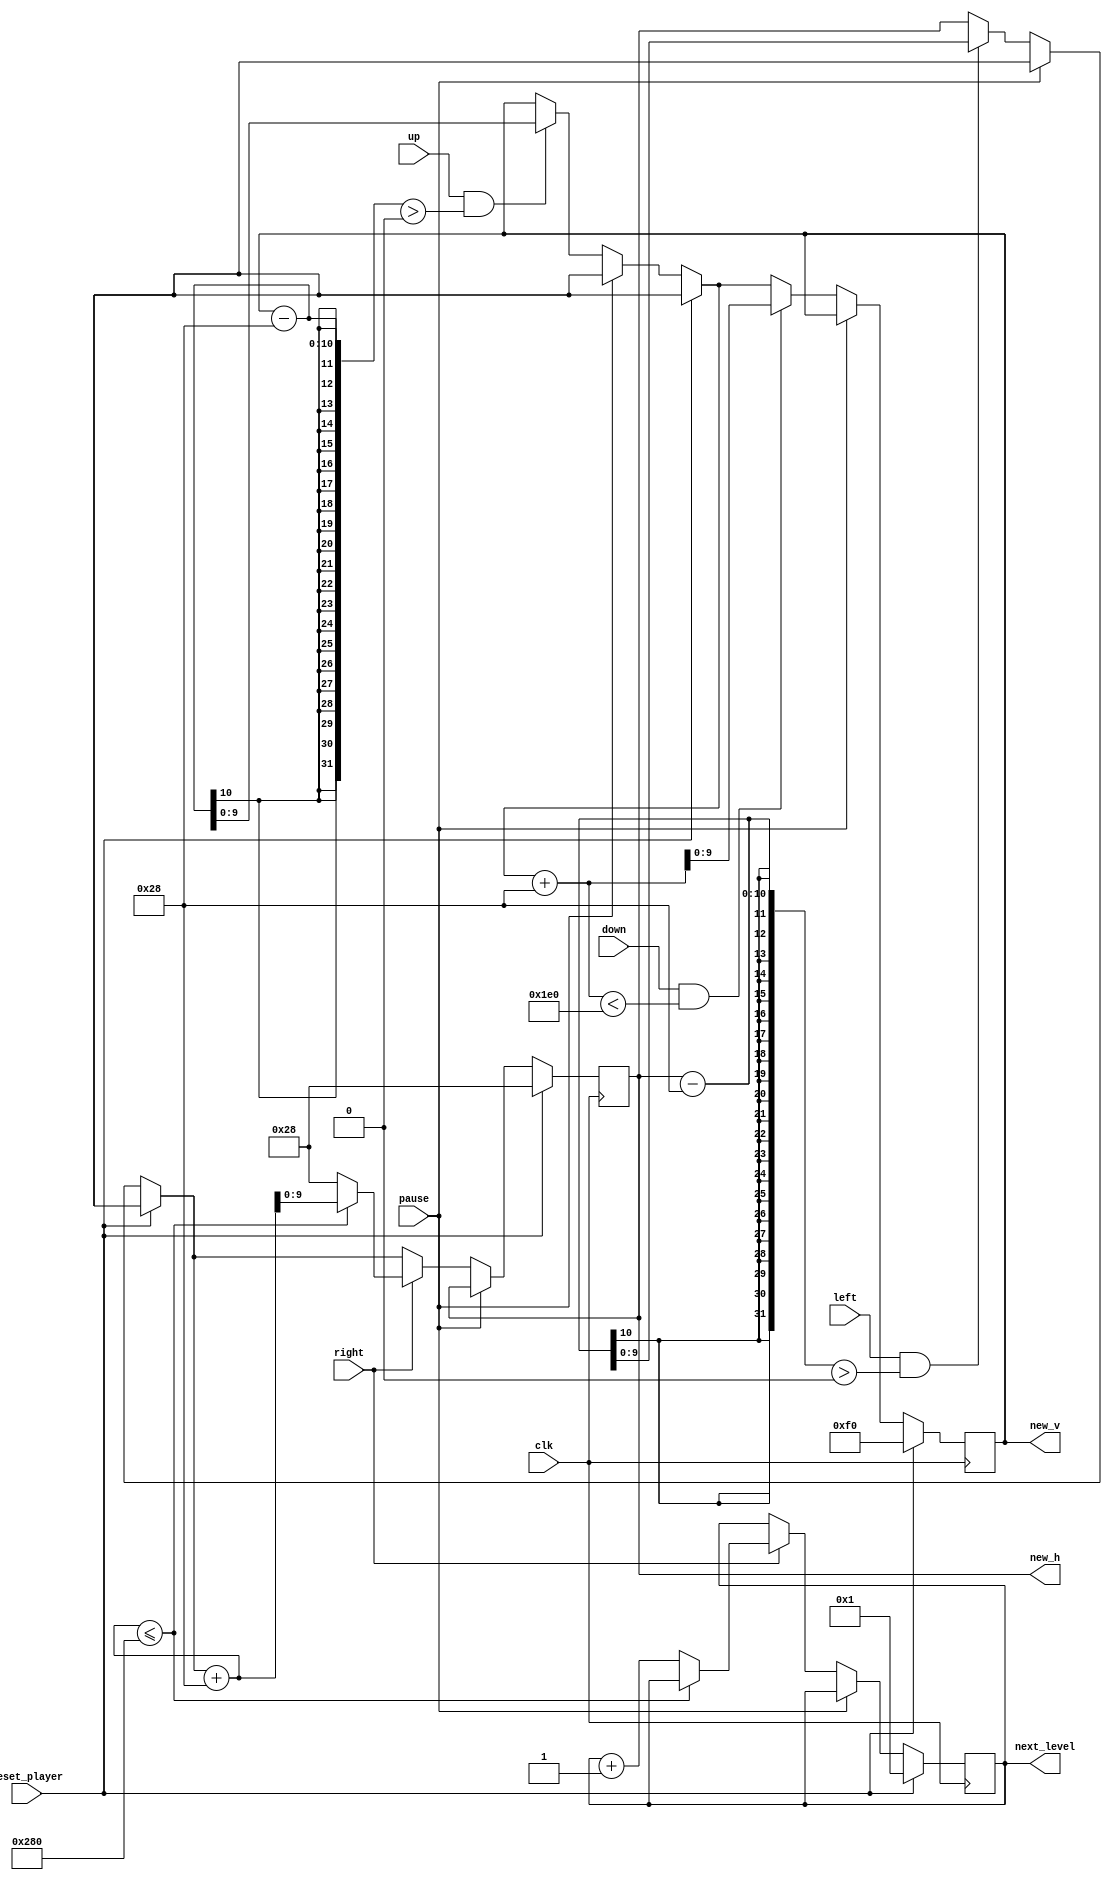
`timescale 1ns / 1ps
//////////////////////////////////////////////////////////////////////////////////
// Company: 
// Engineer: 
// 
// Design Name: 
// Module Name: player
// Project Name: 
// Target Devices: 
// Tool Versions: 
// Description: 
// 
// Dependencies: 
// 
// Revision:
// Revision 0.01 - File Created
// Additional Comments:
// 
//////////////////////////////////////////////////////////////////////////////////


module player(
    input clk,
    input pause,
    input wire reset_player,
    input up, left, right, down,
    output wire [9:0] new_h,
    output wire [9:0] new_v,
    output wire [9:0] next_level
    );

    reg [9:0] h;
    reg [9:0] v;
    reg [9:0] level;

    initial
    begin
        h = 40;
        v = 240;
        level = 1;
    end
    
    always @ (posedge clk)
    begin
        if (reset_player)
        begin
            h = 40;
            v = 240;
            level = 1;
        end
        else if (pause) begin
            h = h;
            v = v;
        end
        else
        begin
            if (up && v - 40 > 0)
                v = v - 40;
            if (left && h - 40 > 0)
                h = h - 40;
            if (right)
            begin
                if (h + 40 <= 640)
                    h = h + 40;
                else
                begin
                    level = level + 1;
                    h = 40;
                end
            end
            if (down && v + 40 < 480)
                v = v + 40;
        end
    end
    
    assign new_h = h;
    assign new_v = v;
    assign next_level = level;

endmodule